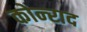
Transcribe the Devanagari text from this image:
कोन्‍राद